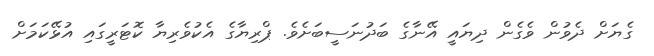
ގެޔަށް ދެވުން ވެގެން ދިޔައީ އޭނާގެ ބަދުނަސީބަށެވެ. ޕްރިޔާގެ އެކުވެރިޔާ ކޮޓަރީގައި އުޅޭކަމަށް